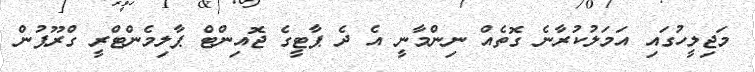
މަޖިލީހުގައި އަމަލުކުރާނެ ގޮތެއް ނިންމާނީ އެ ދެ ޕާޓީގެ ޖޮއިންޓް ޕާލިމެންޓްރީ ގްރޫޕުން